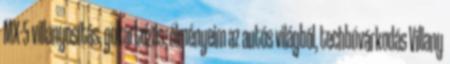
MX-5 villanyosítás, gokartozás, élményeim az autós világból, techbúvárkodás Villany